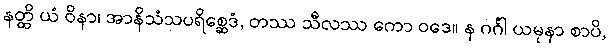
နတ္ထိ ယံ ဝိနာ၊ အာနိသံသပရိစ္ဆေဒံ, တဿ သီလဿ ကော ဝဒေ။ န ဂင်္ဂါ ယမုနာ စာပိ,